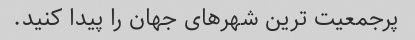
پرجمعیت ترین شهرهای جهان را پیدا کنید.